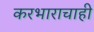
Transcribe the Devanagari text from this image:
करभाराचाही